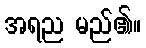
အရည မည်၏။